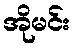
အိုမင်း